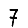
Digit: 7